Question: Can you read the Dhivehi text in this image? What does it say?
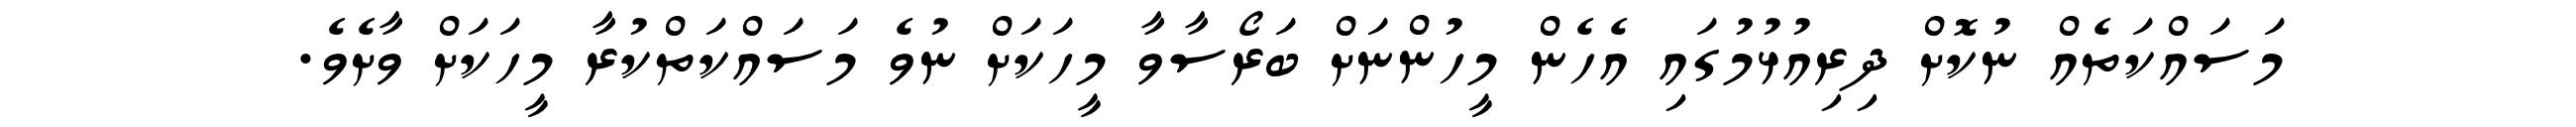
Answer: މަސައްކަތެއް ނުކޮށް ދިރިއުޅުމުގައި އެހެން މީހުންނަށް ބަރޯސާވާ މީހަކަށް ނުވެ މަސައްކަތްކުރާ މީހަކަށް ވާށެވެ.